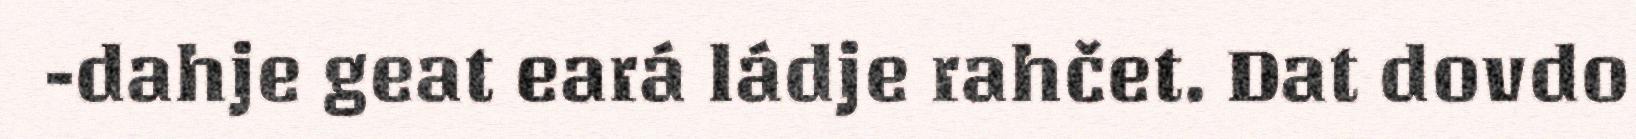
-dahje geat eará ládje rahčet. Dat dovdo